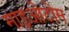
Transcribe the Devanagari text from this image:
माइओटोम